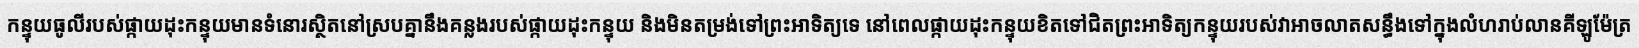
កន្ទុយធូលីរបស់ផ្កាយដុះកន្ទុយមានទំនោរស្ថិតនៅស្របគ្នានឹងគន្លងរបស់ផ្កាយដុះកន្ទុយ និងមិនតម្រង់ទៅព្រះអាទិត្យទេ នៅពេលផ្កាយដុះកន្ទុយខិតទៅជិតព្រះអាទិត្យកន្ទុយរបស់វាអាចលាតសន្ធឹងទៅក្នុងលំហរាប់លានគីឡូម៉ែត្រ